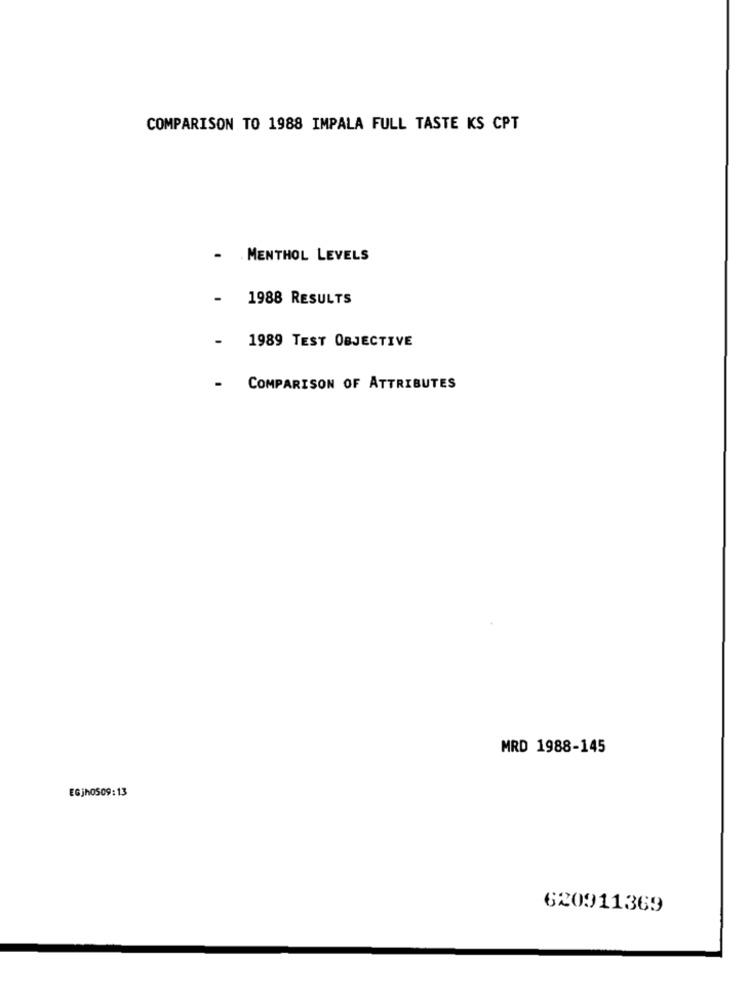
COMPARISON TO 1988 IMPALA FULL TASTE KS CPT
- MENTHOL LEVELS
-
1988 RESULTS
- 1989 TEST OBJECTIVE
-
COMPARISON OF ATTRIBUTES
MRD 1988-145
EGjh0509:13
620911369